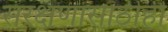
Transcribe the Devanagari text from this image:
संरक्षणासाठीही